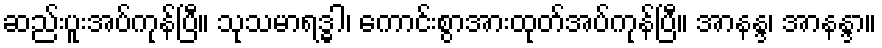
ဆည်းပူးအပ်ကုန်ပြီ။ သုသမာရဒ္ဓါ၊ ကောင်းစွာအားထုတ်အပ်ကုန်ပြီ။ အာနန္ဒ၊ အာနန္ဒာ။